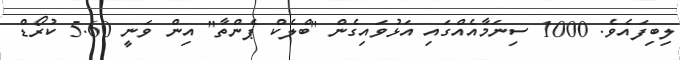
ލިބިފައެވެ. 1000 ސިނަމާއެއްގައި އަޅުވައިގެން "ބްލެކް ޕެންތާ" އިން ވަނީ 5.60 ކުރޯޑް